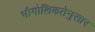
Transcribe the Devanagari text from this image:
भौगोलिकतेनुसार